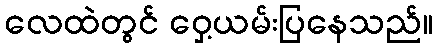
လေထဲတွင် ဝှေ့ယမ်းပြနေသည်။